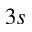
3 s